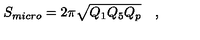
S _ { m i c r o } = 2 \pi \sqrt { Q _ { 1 } Q _ { 5 } Q _ { p } } \quad ,